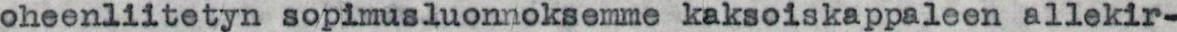
oheenliitetyn sopimusluonnoksemme kaksoiskappaleen allekir-